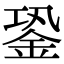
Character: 銎